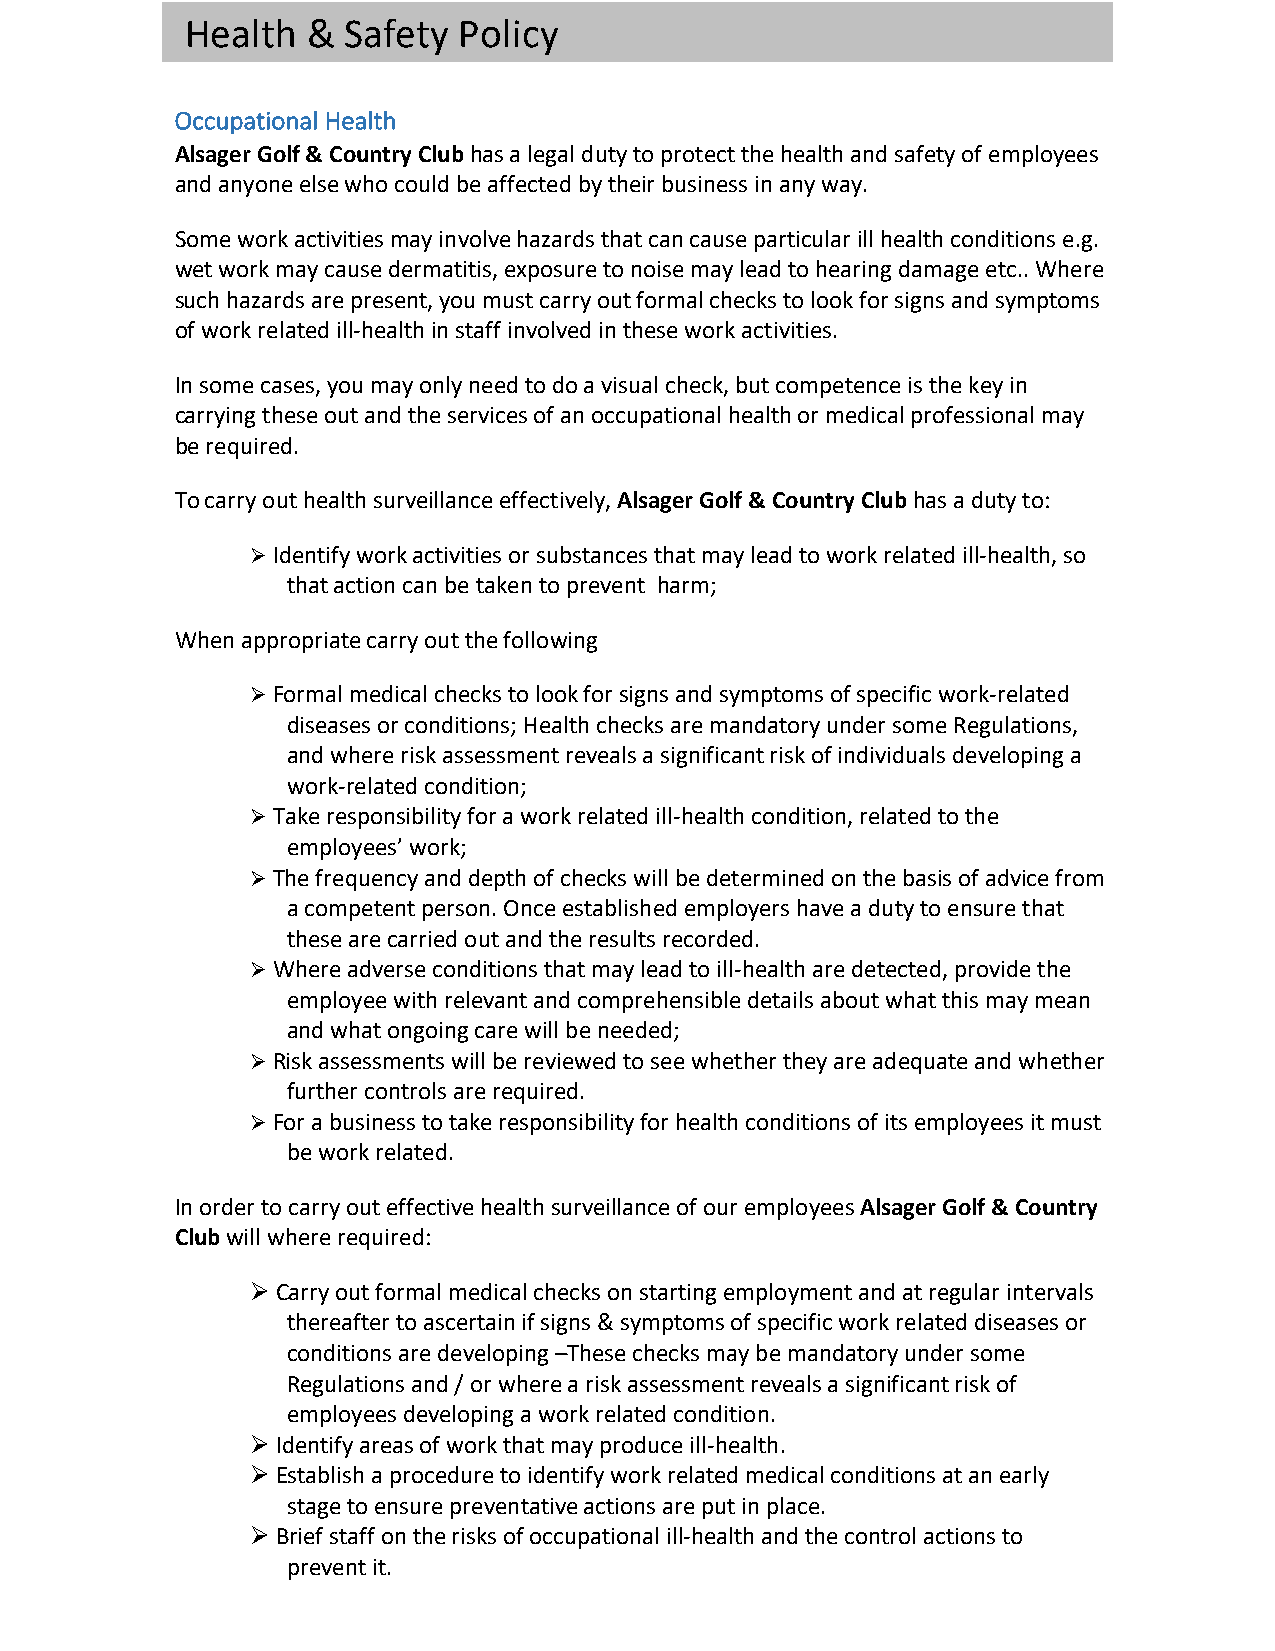
Health  &  Safety Policy
 Occupational Health
 Alsager Golf & Country Club has a legal duty to protect the health and safety of employees
 and anyone else who could be affected by their business in any way.
 Some work activities may involve hazards that can cause particular ill health conditions e.g.
 wet work may cause dermatitis, exposure to noise may lead to hearing damage etc.. Where
 such hazards are present, you must carry out formal checks to look for signs and symptoms
 of work related ill-health in staff involved in these work activities.
 In some cases, you may only need to do a visual check, but competence is the key in
 carrying these out and the services of an occupational health or medical professional may
 be required.
 To carry out health surveillance effectively, Alsager Golf & Country Club has a duty to:
 Ø Identify work activities or substances that may lead to work related ill-health, so
 that action can be taken to prevent harm;
 When appropriate carry out the following
 Ø Formal medical checks to look for signs and symptoms of specific work-related
 diseases or conditions; Health checks are mandatory under some Regulations,
 and where risk assessment reveals a significant risk of individuals developing a
 work-related condition;
 Ø Take responsibility for a work related ill-health condition, related to the
 employees’ work;
 Ø The frequency and depth of checks will be determined on the basis of advice from
 a competent person. Once established employers have a duty to ensure that
 these are carried out and the results recorded.
 Ø Where adverse conditions that may lead to ill-health are detected, provide the
 employee with relevant and comprehensible details about what this may mean
 and what ongoing care will be needed;
 Ø Risk assessments will be reviewed to see whether they are adequate and whether
 further controls are required.
 Ø For a business to take responsibility for health conditions of its employees it must
 be work related.
 In order to carry out effective health surveillance of our employees Alsager Golf & Country
 Club will where required:
 Ø Carry out formal medical checks on starting employment and at regular intervals
 thereafter to ascertain if signs & symptoms of specific work related diseases or
 conditions are developing –These checks may be mandatory under some
 Regulations and / or where a risk assessment reveals a significant risk of
 employees developing a work related condition.
 Ø Identify areas of work that may produce ill-health.
 Ø Establish a procedure to identify work related medical conditions at an early
 stage to ensure preventative actions are put in place.
 Ø Brief staff on the risks of occupational ill-health and the control actions to
 prevent it.